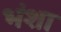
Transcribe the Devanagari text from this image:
भंशा